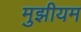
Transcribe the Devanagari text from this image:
मुझीयम